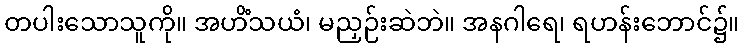
တပါးသောသူကို။ အဟိံသယံ၊ မညှဉ်းဆဲဘဲ။ အနဂါရေ၊ ရဟန်းဘောင်၌။